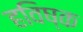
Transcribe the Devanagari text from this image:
हविष्क